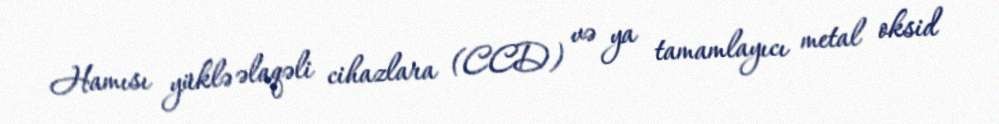
Hamısı yüklə əlaqəli cihazlara (CCD) və ya tamamlayıcı metal oksid